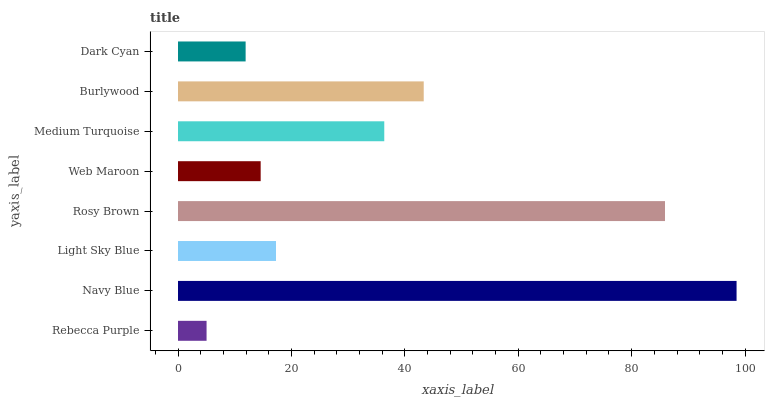
| yaxis_label | bars |
 | --- | --- |
 | Rebecca Purple | 5.04 |
 | Navy Blue | 98.5 |
 | Light Sky Blue | 17.3 |
 | Rosy Brown | 85.9 |
 | Web Maroon | 14.6 |
 | Medium Turquoise | 36.4 |
 | Burlywood | 43.3 |
 | Dark Cyan | 11.9 |